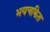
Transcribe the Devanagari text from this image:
भयचकित